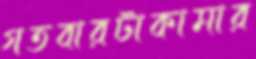
গতবারটাকামার